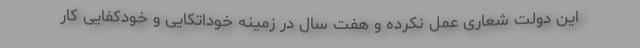
این دولت شعاری عمل نکرده و هفت سال در زمینه خوداتکایی و خودکفایی کار